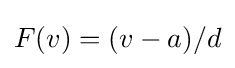
F(v)=(v-a)/d